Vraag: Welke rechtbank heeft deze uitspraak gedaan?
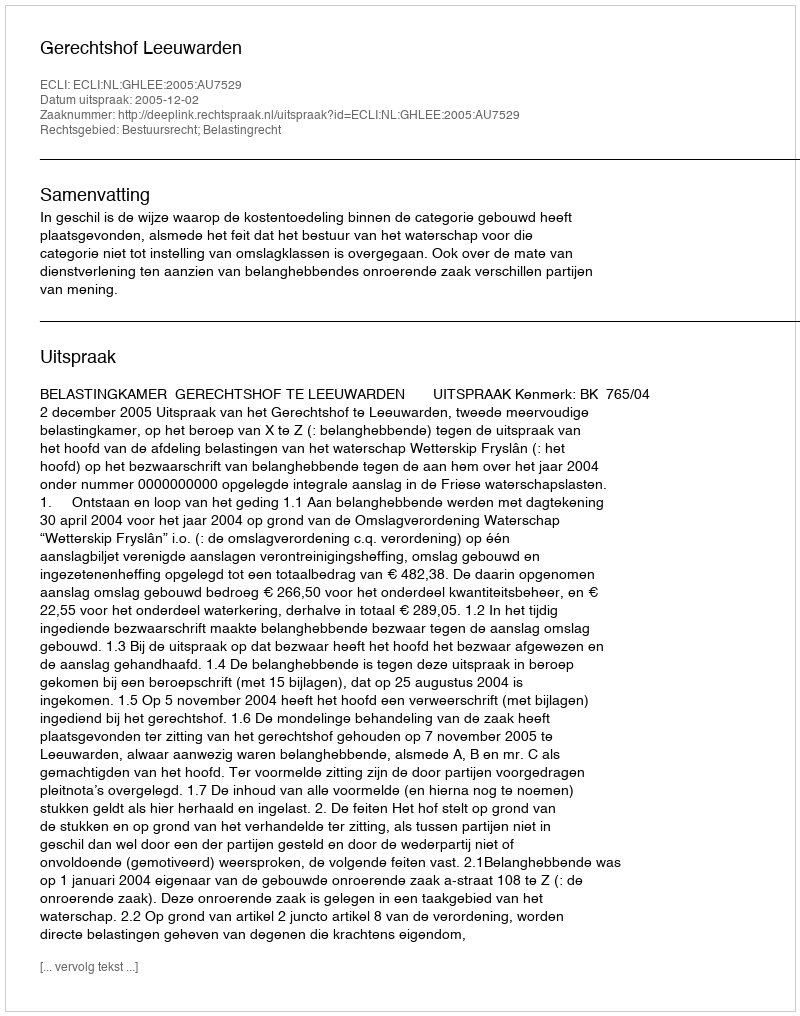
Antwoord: Gerechtshof Leeuwarden